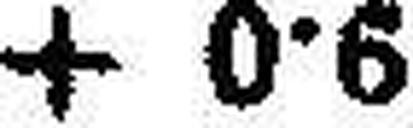
+ 0·6